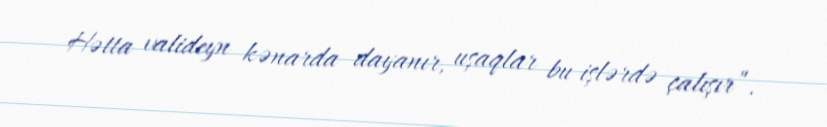
Hətta valideyn kənarda dayanır, uşaqlar bu işlərdə çalışır”.